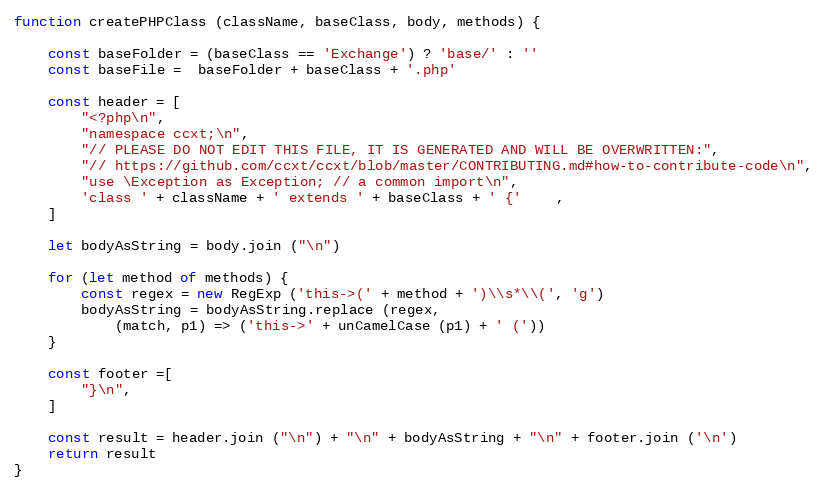
Language: JavaScript
function createPHPClass (className, baseClass, body, methods) {

    const baseFolder = (baseClass == 'Exchange') ? 'base/' : ''
    const baseFile =  baseFolder + baseClass + '.php'

    const header = [
        "<?php\n",
        "namespace ccxt;\n",
        "// PLEASE DO NOT EDIT THIS FILE, IT IS GENERATED AND WILL BE OVERWRITTEN:",
        "// https://github.com/ccxt/ccxt/blob/master/CONTRIBUTING.md#how-to-contribute-code\n",
        "use \Exception as Exception; // a common import\n",
        'class ' + className + ' extends ' + baseClass + ' {'    ,
    ]

    let bodyAsString = body.join ("\n")

    for (let method of methods) {
        const regex = new RegExp ('this->(' + method + ')\\s*\\(', 'g')
        bodyAsString = bodyAsString.replace (regex,
            (match, p1) => ('this->' + unCamelCase (p1) + ' ('))
    }

    const footer =[
        "}\n",
    ]

    const result = header.join ("\n") + "\n" + bodyAsString + "\n" + footer.join ('\n')
    return result
}